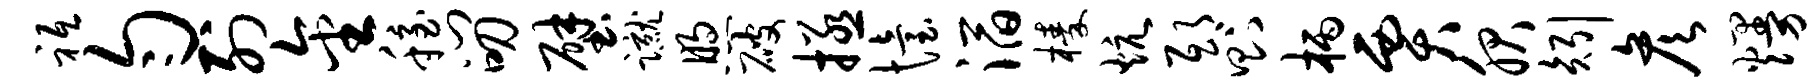
祗匀列金稳门叨壁蹴煦破拯怡滔榛炕邸则柄贾服矧彦熳